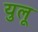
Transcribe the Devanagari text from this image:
युलू